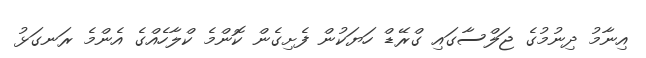
އިނާމު ދިނުމުގެ ޖަލްސާގައި ގްރޭޑް ހަޔަކުން ފެށިގެން ކޮންމެ ކްލާހެއްގެ އެންމެ ރަނގަޅު